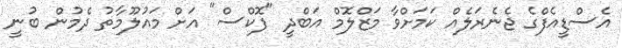
އެސްޑީއެފްގެ ޖެނެރަލެއް ކަމަށްވާ މަޒްލޮމް އަބްދީ "ފޮކްސް" އަށް މައުލޫމާތު ދެމުން ބުނީ